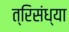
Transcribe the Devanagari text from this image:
त्रिसंध्या